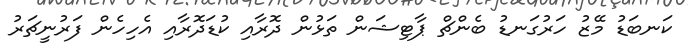
ކަނބަޑު މޭޒު ހަރުގަނޑު ބެންޗް ޕާޓިޝަން ތަޅުން ދޮރާއި ކުޑަދޮރާއި އެހިހެން ފަރުނީޗަރު